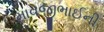
માવજીભાઈની